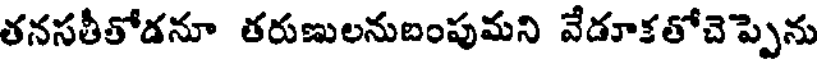
తనసతీతోడనూ తరుణులనుబంపుమని వేడూకతోచెప్పెను